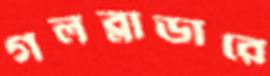
গলব্লাডারে